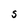
Character: S